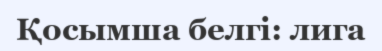
Қосымша белгі: лига